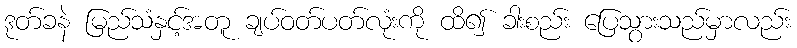
ဒုတ်ခနဲ မြည်သံနှင့်အတူ ချပ်ဝတ်ပတ်လုံးကို ထိ၍ ခါးစည်း ပြေသွားသည်မှာလည်း